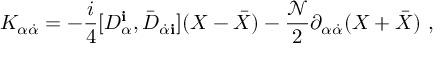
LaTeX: K _ { \alpha { \dot { \alpha } } } = - \frac { i } { 4 } [ D _ { \alpha } ^ { \mathbf i } , { \bar { D } } _ { { \dot { \alpha } } { \mathbf i } } ] ( X - { \bar { X } } ) - \frac { { \mathcal N } } { 2 } \partial _ { \alpha { \dot { \alpha } } } ( X + { \bar { X } } ) \ ,